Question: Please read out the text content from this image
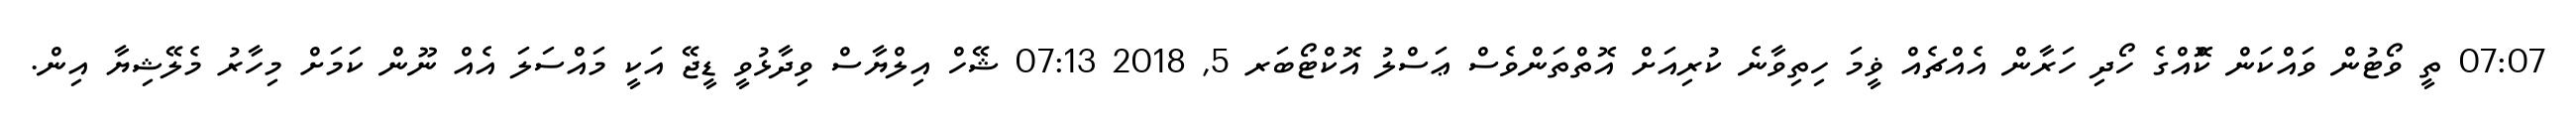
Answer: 07:07 ތީ ވޯޓުން ވައްކަން ކޮްއްގެ ހޯދި ހަރާން އެއްޗެއް ޥީމަ ހިތިވާނެ ކުރިއަށް އޮތްތަންވެސް ޢަސްލު އޮކްޓޯބަރ 5, 2018 07:13 ޝޭހް އިލްޔާސް ވިދާޅުވީ ޑީޖޭ އަކީ މައްސަލަ އެއް ނޫން ކަމަށް މިހާރު މެލޭޝިޔާ އިން.